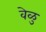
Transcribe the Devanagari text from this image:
वेळु